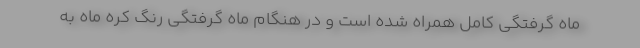
ماه گرفتگی کامل همراه شده است و در هنگام ماه گرفتگی رنگ کره ماه به